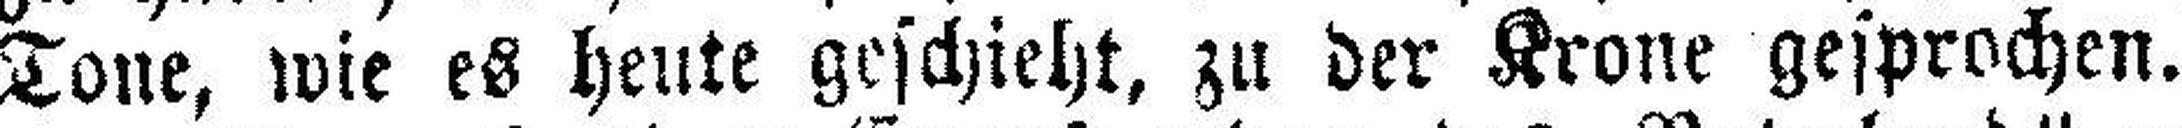
Tone, wie es heute geschieht, zu der Krone gesprochen.